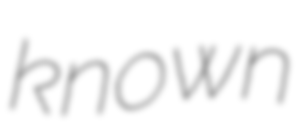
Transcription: known